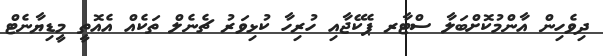
ދިވެހިން އާންމުކޮށްބަލާ ސްޓާރ ޕެކޭޖާއި ހުރިހާ ކުޅިވަރު ޗެނެލް ތަކެއް އެއޮތީ މީޑިޔާނެޓް